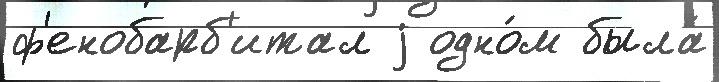
ф'енобарб'итал j одно́м была́